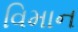
વિમાન